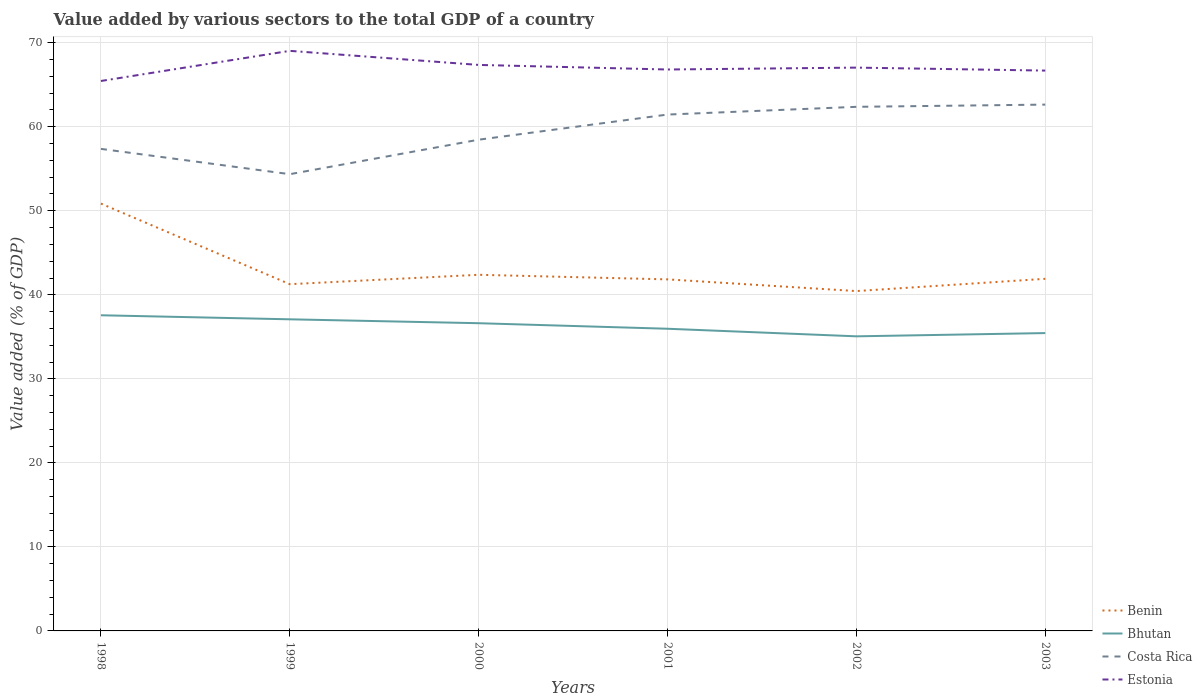
| Years | Benin | Bhutan | Costa Rica | Estonia |
 | --- | --- | --- | --- | --- |
 | 1998 | 50.9 | 37.6 | 57.4 | 65.4 |
 | 1999 | 41.3 | 37.1 | 54.4 | 69 |
 | 2000 | 42.4 | 36.6 | 58.5 | 67.4 |
 | 2001 | 41.8 | 36 | 61.5 | 66.8 |
 | 2002 | 40.4 | 35.1 | 62.4 | 67 |
 | 2003 | 41.9 | 35.4 | 62.6 | 66.7 |